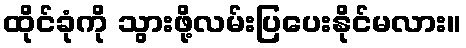
ထိုင်ခုံကို သွားဖို့လမ်းပြပေးနိုင်မလား။